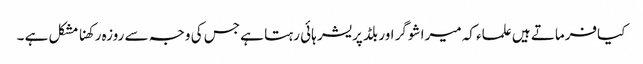
کیافرماتے ہیں علماء کہ میرا شوگر اور بلڈ پریشر ہائی رہتا ہے جس کی وجہ سے روزہ رکھنا مشکل ہے ۔